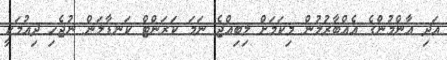
އަދި އާންމުންގެ އެއްބާރުލުން މިކަމަށް ލިބިއްޖެ ނަމަ ކަރަންޓް ކަނޑާލަން ނުޖެހި ދިއުމަކީ